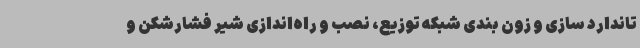
تاندارد سازی و زون بندی شبکه توزیع، نصب و راه‌اندازی شیر فشارشکن و